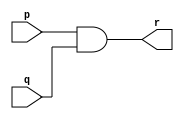
`timescale 1ns / 1ps
//////////////////////////////////////////////////////////////////////////////////
// Company: 
// Engineer: 
// 
// Design Name: 
// Module Name: andgate
// Project Name: 
// Target Devices: 
// Tool Versions: 
// Description: 
// 
// Dependencies: 
// 
// Revision:
// Revision 0.01 - File Created
// Additional Comments:
// 
//////////////////////////////////////////////////////////////////////////////////


module andgate(
input p,q,
output r);
assign r=p&q;
endmodule